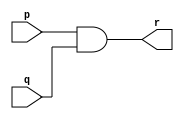
`timescale 1ns / 1ps
//////////////////////////////////////////////////////////////////////////////////
// Company: 
// Engineer: 
// 
// Design Name: 
// Module Name: andgate
// Project Name: 
// Target Devices: 
// Tool Versions: 
// Description: 
// 
// Dependencies: 
// 
// Revision:
// Revision 0.01 - File Created
// Additional Comments:
// 
//////////////////////////////////////////////////////////////////////////////////


module andgate(
input p,q,
output r);
assign r=p&q;
endmodule